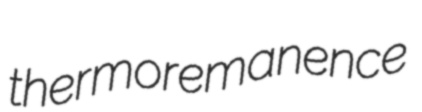
thermoremanence